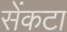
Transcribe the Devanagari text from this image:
सेंकटा